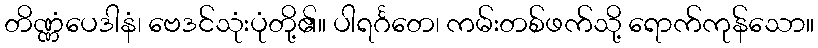
တိဏ္ဏံပေဒါနံ၊ ဗေဒင်သုံးပုံတို့၏။ ပါရင်္ဂတေ၊ ကမ်းတစ်ဖက်သို့ ရောက်ကုန်သော။